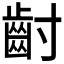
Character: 𮮿